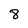
Character: 8